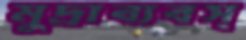
মুদ্রাব্যবস্